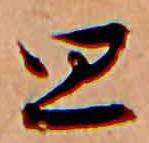
思